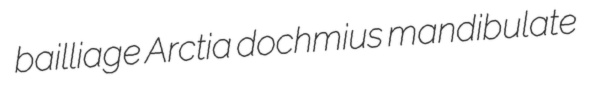
bailliage Arctia dochmius mandibulate